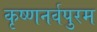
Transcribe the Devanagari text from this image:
कृष्णनर्वपुरम